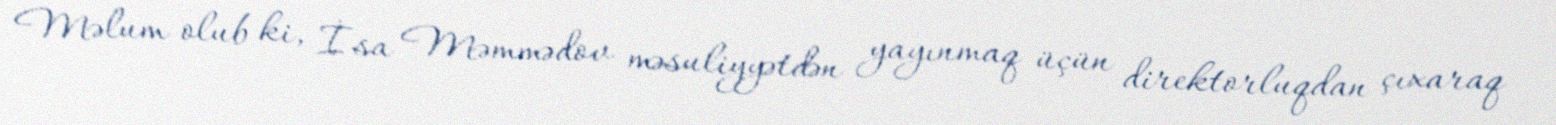
Məlum olub ki, İsa Məmmədov məsuliyyətdən yayınmaq üçün direktorluqdan çıxaraq